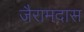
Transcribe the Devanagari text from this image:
जैरामदास